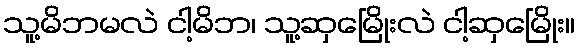
သူ့မိဘမလဲ ငါ့မိဘ၊ သူ့ဆှမြေိုးလဲ ငါ့ဆှမြေိုး။